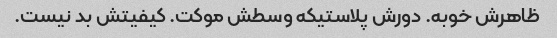
ظاهرش خوبه. دورش پلاستیکه وسطش موکت. کیفیتش بد نیست.